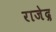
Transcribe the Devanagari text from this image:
राजेद्र